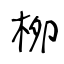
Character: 栁